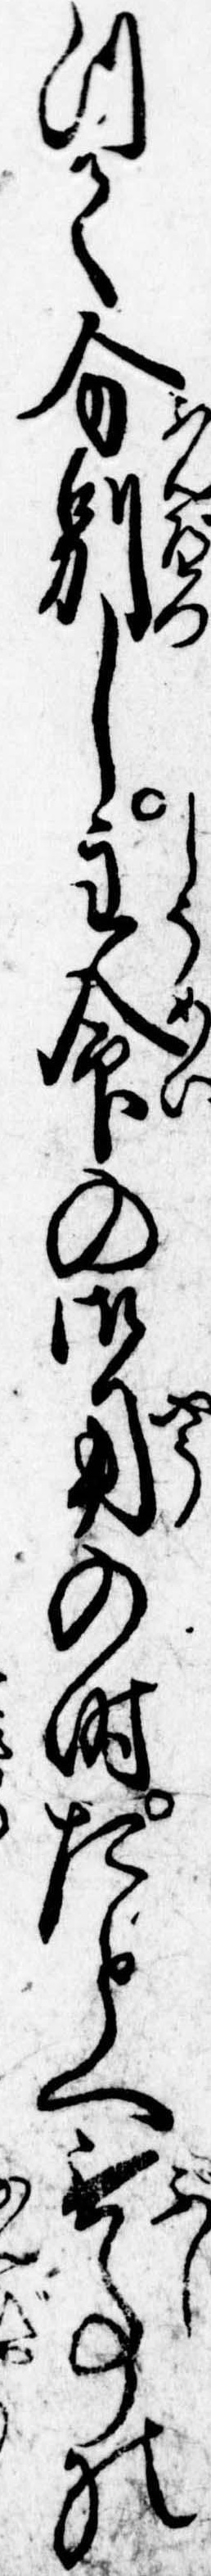
つて分別し主命の御用の時たとへ無事の